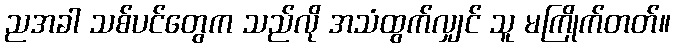
ညအခါ သစ်ပင်တွေက သည်လို အသံထွက်လျှင် သူ မကြိုက်တတ်။